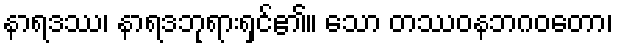
နာရဒဿ၊ နာရဒဘုရားရှင်၏။ သော တဿဝနဘဂဝတော၊